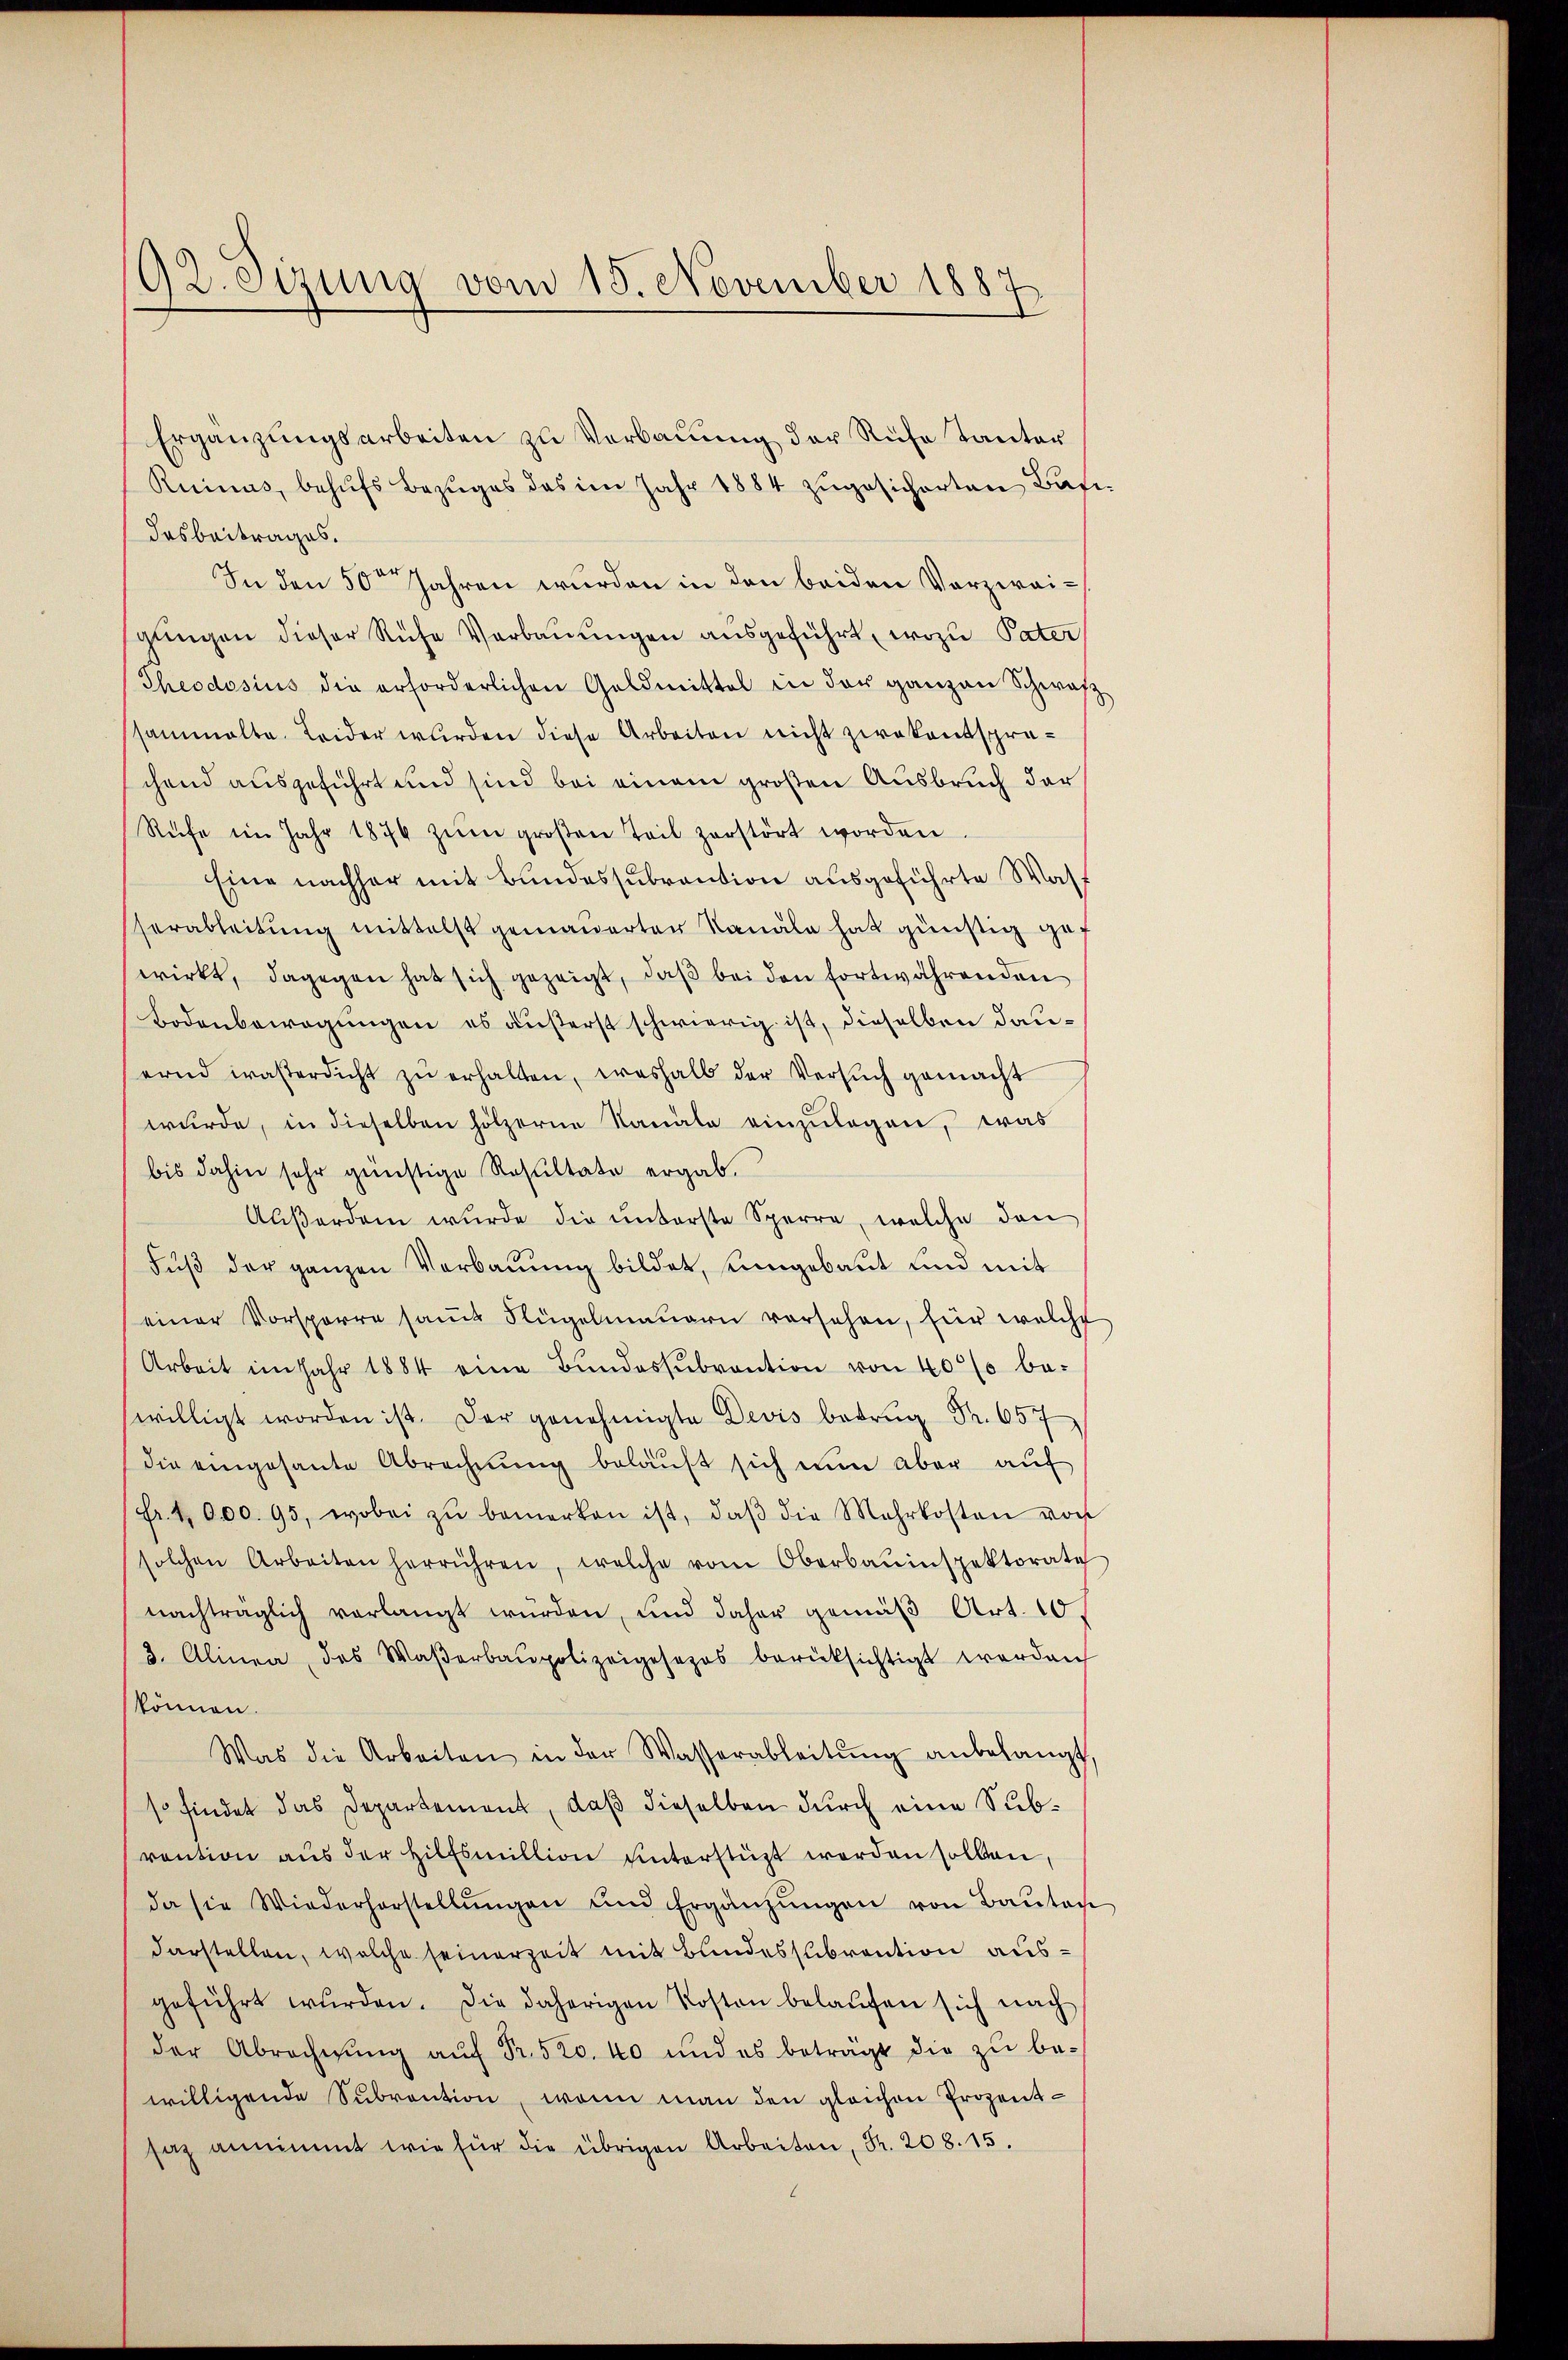
92. Sizung vom 15. November 1887

Ergänzungsarbeiten zu Verbauung der Ruhe Tanter
Ruinus, behŭfs Bezŭges das im Jahr 1884 zŭgesicherten Bati-
desbeitrages.
In den 50ten Jahren wurden in den beiden Verzweiglingen dieser Ruche Verbaŭŭngen ausgeführt, wozu Pater
Theodosius die erforderlichen Geldmittel in der ganzen Schwarz
sammelte. Leider wurden diese Arbeiten nicht zwekentsprechend ausgeführt und sind bei einem großen Ausbruch der
Rufe im Jahr 1874 zŭm groβen Teil zerstört worden.
Eine nachher mit Bundessubvention ausgeführte Waff
serableitung mittelst gemauerten Kanale hat günstig gef
wirkt, dagegen hat sich gezeigt, daβ bei den fortwährenden
Bodenbewegungen es äußerst schwierig ist, dieselben dauernd wasserdicht zŭ erhalten, weshalb der Versuch gemacht
wurde, in dieselben hölzerne Kanale einzulegen, was
bis dahin sehr günstige Resultate ergab.
Außerden wurde die ŭnterste Sperre, welche den
Fŭβ der ganzen Verbauung bildet, eingebaut und mit
einer Vorsparre samt Flügelmauern versehen, für welche
Arbeit im Jahr 1884 eine Bŭndessŭbvention von 40% be-
willigt worden ist. Der genehmigte Devis betrug Fr. 657
die eingesante Abrechnŭng belaŭft sich nŭn aber aŭf
fr. 1000. 95, wobei zŭ bemerken ist, daβ die Mehrkosten von
solchen Arbeiten herrühren, welche vom Oberbauinspektorate
nachträglich vorlangt wurden, und daher gemäß Art. 10.
3. Alinea, das Waßerbaupolizeigesezes berücksichtigt werden
können.
Was die Arbeiten in der Wasserableitŭng anbelangt,
so findet das Departement, daß dieselben durch eine Subvention aus der Hilfsmillion unterstüzt werden sollen,
da sie Wiederhorstellŭngen und Ergänzŭngen von Baŭten
darstellen, welche seinerzeit mit Bundessubvention ausgeführt wŭrden. Die daherigen Kosten belaŭfen sich nach
der Abrechnŭng aŭf Fr. 520. 40 und es beträgt die zu be-
willigende Subvention, wenn man den gleichen Prozentsaz annimmt wie für die übrigen Arbeiten, Fr. 208. 15.